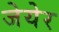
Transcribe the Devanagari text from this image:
जेयेर